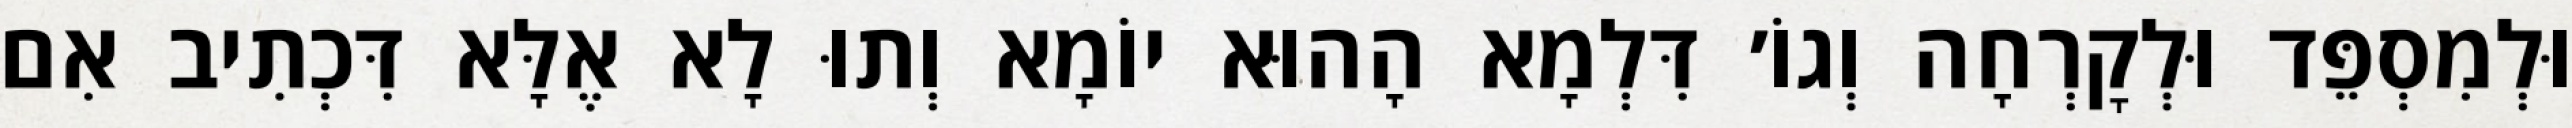
וּלְמִסְפֵּד וּלְקׇרְחָה וְגוֹ׳ דִּלְמָא הָהוּא יוֹמָא וְתוּ לָא אֶלָּא דִּכְתִיב אִם